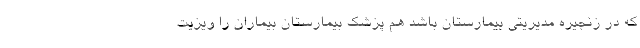
که در زنجیره مدیریتی بیمارستان باشد هم پزشک بیمارستان بیماران را ویزیت